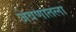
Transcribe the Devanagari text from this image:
जेवणातला